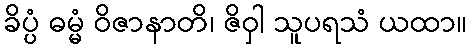
ခိပ္ပံ ဓမ္မံ ဝိဇာနာတိ၊ ဇိဝှါ သူပရသံ ယထာ။